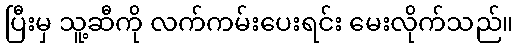
ပြီးမှ သူ့ဆီကို လက်ကမ်းပေးရင်း မေးလိုက်သည်။